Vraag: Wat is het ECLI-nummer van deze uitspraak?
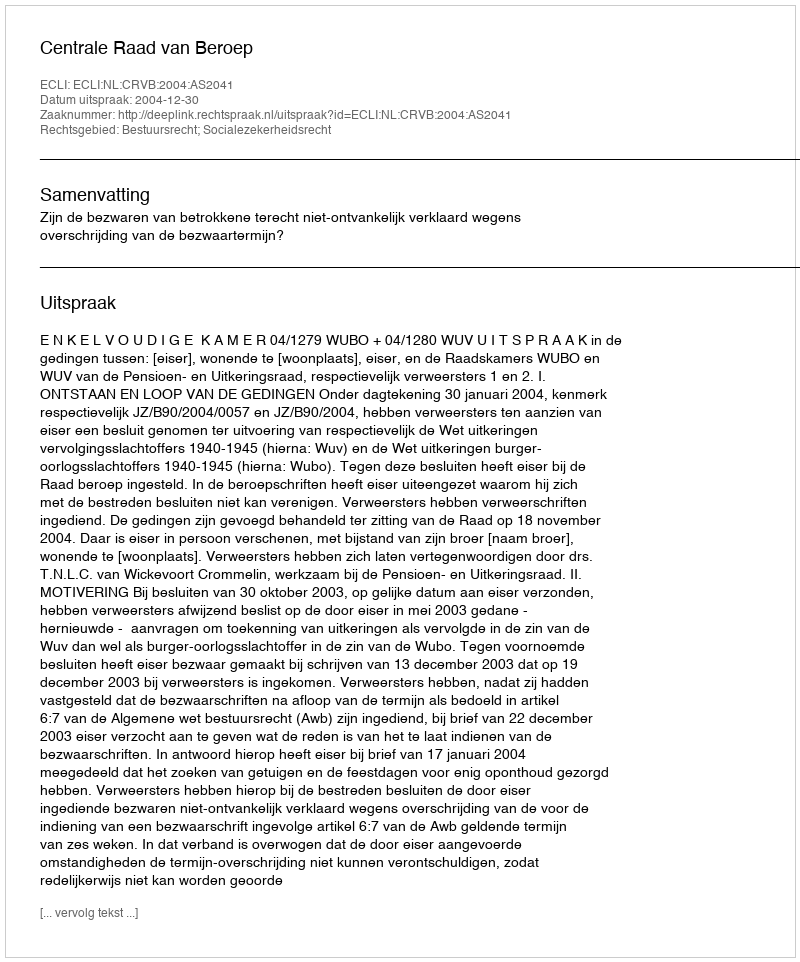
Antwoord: ECLI:NL:CRVB:2004:AS2041